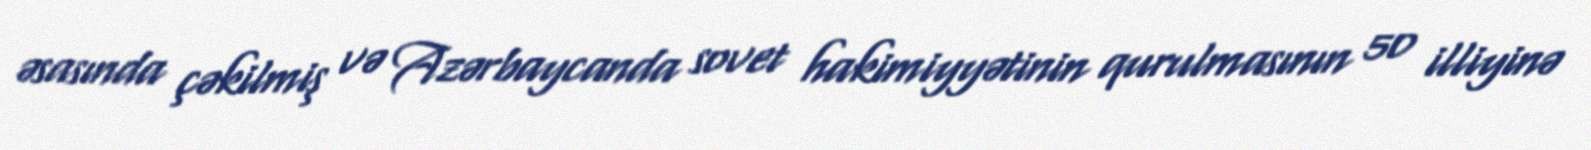
əsasında çəkilmiş və Azərbaycanda sovet hakimiyyətinin qurulmasının 50 illiyinə